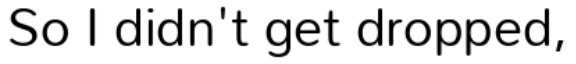
So I didn't get dropped,